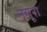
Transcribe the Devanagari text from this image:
नगूरा